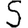
Digit: 5